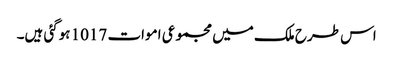
اس طرح ملک میں مجموعی اموات 1017 ہوگئی ہیں۔